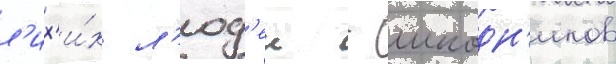
л'их'и́х л'юд'еи - шкодн'иков